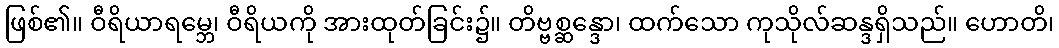
ဖြစ်၏။ ဝီရိယာရမ္ဘေ၊ ဝီရိယကို အားထုတ်ခြင်း၌။ တိဗ္ဗစ္ဆန္ဒော၊ ထက်သော ကုသိုလ်ဆန္ဒရှိသည်။ ဟောတိ၊